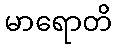
မာရောတိ